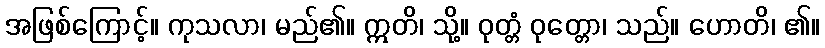
အဖြစ်ကြောင့်။ ကုသလာ၊ မည်၏။ ဣတိ၊ သို့။ ဝုတ္တံ ဝုတ္တော၊ သည်။ ဟောတိ၊ ၏။